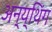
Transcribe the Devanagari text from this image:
अन्य्थिंग